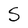
Character: S